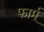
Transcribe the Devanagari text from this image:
फार्म्